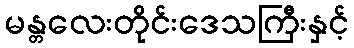
မန္တလေးတိုင်းဒေသကြီးနှင့်